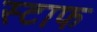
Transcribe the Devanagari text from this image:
स्टाफ